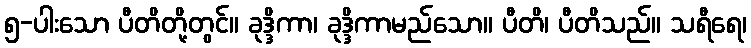
၅-ပါးသော ပီတိတို့တွင်။ ခုဒ္ဒိကာ၊ ခုဒ္ဒိကာမည်သော။ ပီတိ၊ ပီတိသည်။ သရီရေ၊